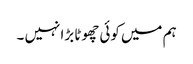
ہم میں کوئی چھوٹا بڑا نہیں ۔